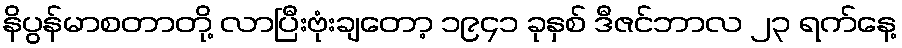
နိပွန်မာစတာတို့ လာပြီးဗုံးချတော့ ၁၉၄၁ ခုနှစ် ဒီဇင်ဘာလ ၂၃ ရက်နေ့